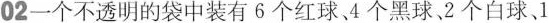
02一个不透明的袋中装有6个红球、4个黑球、2个白球、1